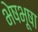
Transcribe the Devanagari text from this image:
भेषभूषा